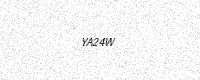
Text: YA24W